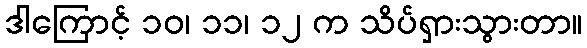
ဒါကြောင့် ၁၀၊ ၁၁၊ ၁၂ က သိပ်ရှားသွားတာ။